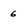
Character: 6